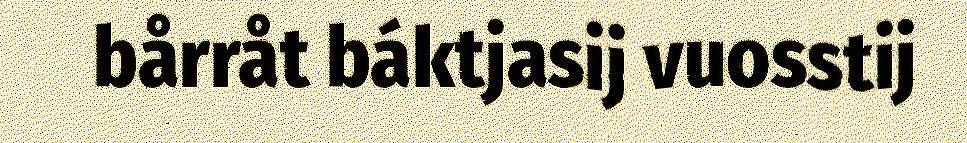
bårråt báktjasij vuosstij